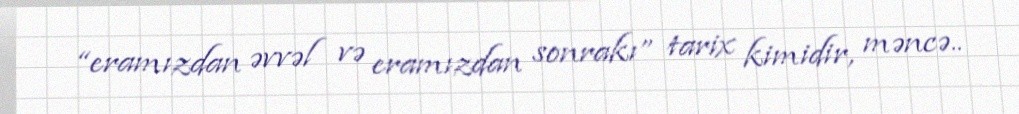
“eramızdan əvvəl və eramızdan sonrakı” tarix kimidir, məncə..